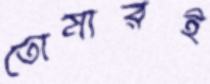
তোমারই